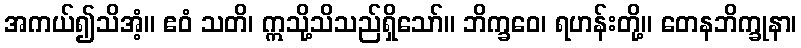
အကယ်၍သိအံ့။ ဧဝံ သတိ၊ ဣသို့သိသည်ရှိသော်။ ဘိက္ခဝေ၊ ရဟန်းတို့။ တေနဘိက္ခုနာ၊